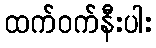
ထက်ဝက်နီးပါး